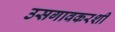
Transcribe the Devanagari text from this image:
उसगावकरशी